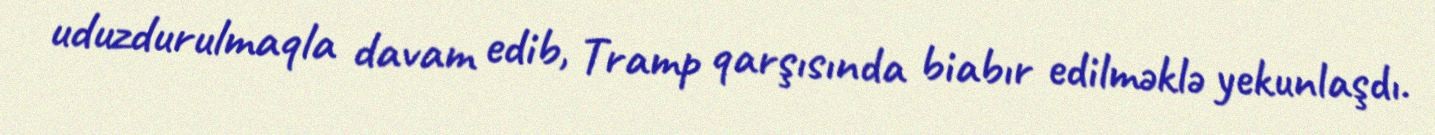
uduzdurulmaqla davam edib, Tramp qarşısında biabır edilməklə yekunlaşdı.